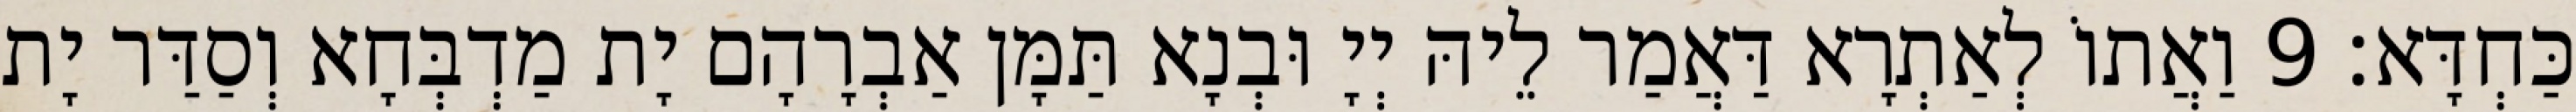
כַּחְדָּא׃ 9 וַאֲתוֹ לְאַתְרָא דַּאֲמַר לֵיהּ יְיָ וּבְנָא תַּמָּן אַבְרָהָם יָת מַדְבְּחָא וְסַדַּר יָת